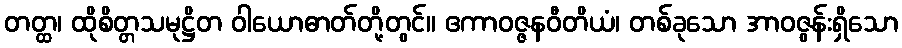
တတ္ထ၊ ထိုစိတ္တသမုဋ္ဌိတ ဝါယောဓာတ်တို့တွင်။ ဧကာဝဇ္ဇနဝီတိယံ၊ တစ်ခုသော အာဝဇွန်းရှိသော